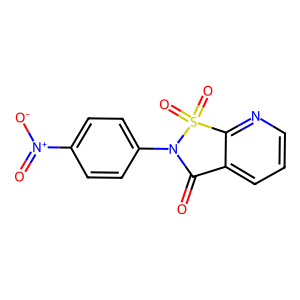
SMILES: O=C1c2cccnc2S(=O)(=O)N1c1ccc([N+](=O)[O-])cc1
Inhibits HIV replication: No